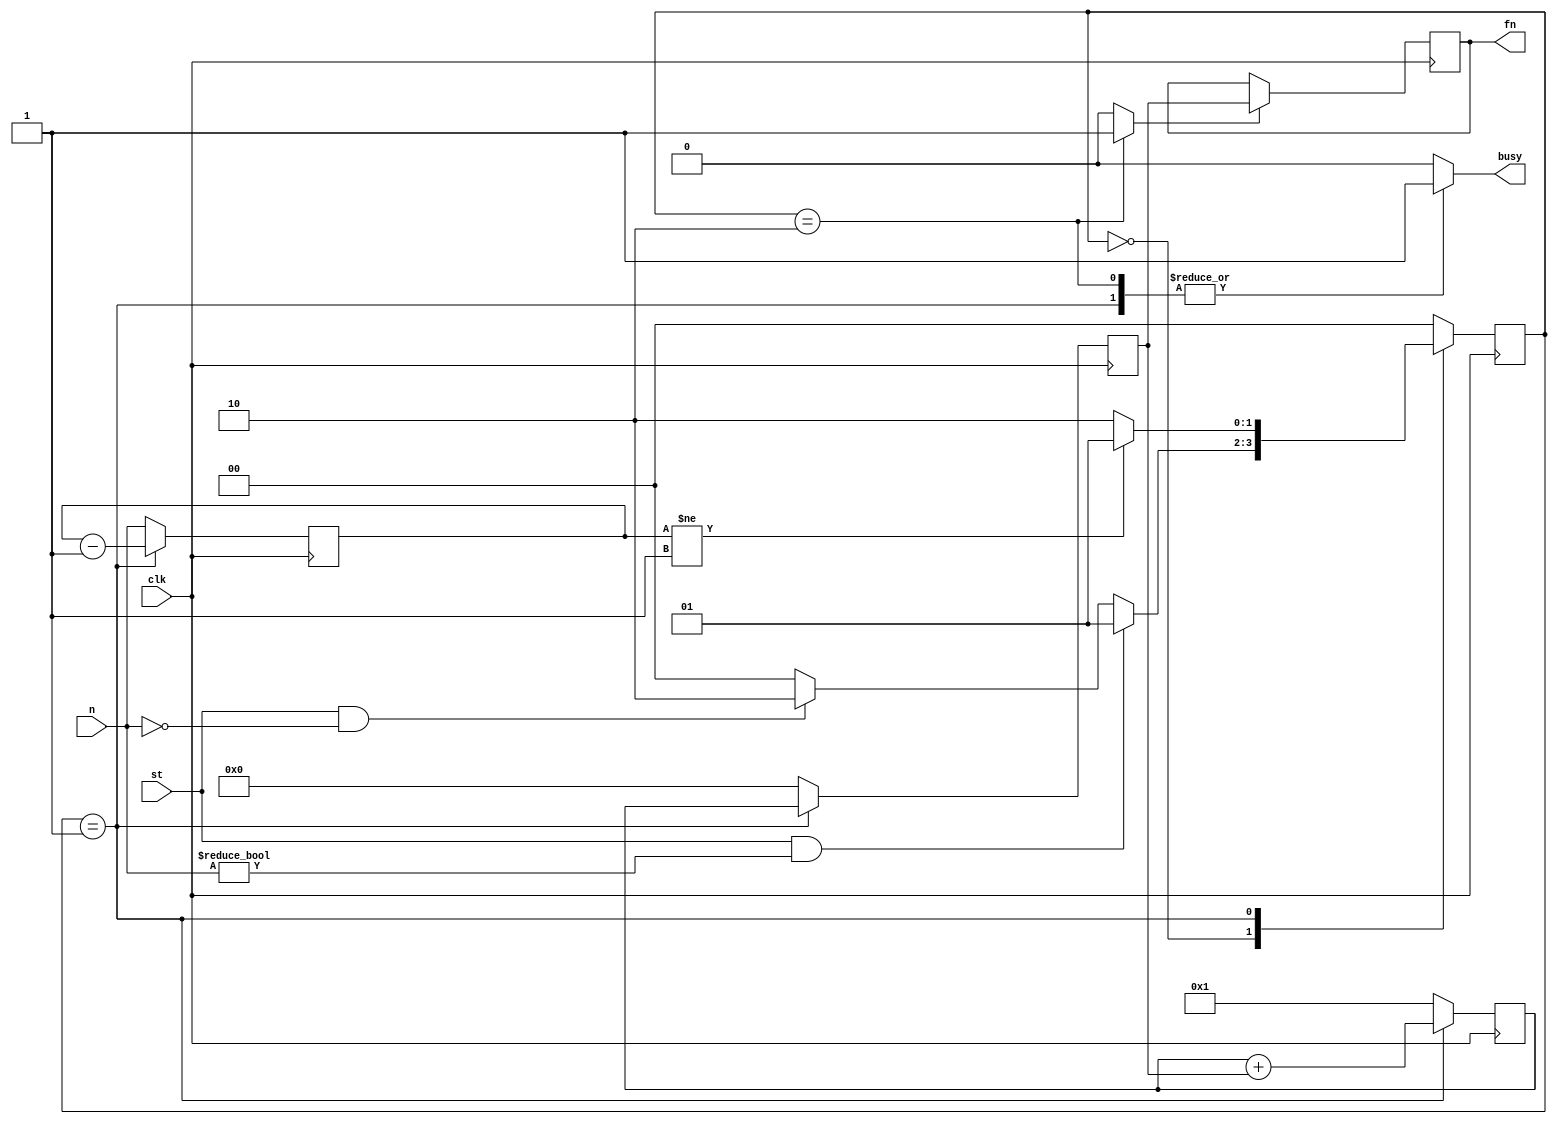
`timescale 1ns / 1ps
//////////////////////////////////////////////////////////////////////////////////
// Company: 
// Engineer: 
// 
// Design Name: 
// Module Name: finonacci
// Project Name: 
// Target Devices: 
// Tool Versions: 
// Description: 
// 
// Dependencies: 
// 
// Revision:
// Revision 0.01 - File Created
// Additional Comments:
// 
//////////////////////////////////////////////////////////////////////////////////


module finonacci(
    input [7:0] n,
    input st, clk,
    output reg [31:0] fn,
    output reg busy
    );
    
    reg [31:0] a ,b;
    reg [7:0] c;
    wire [31:0] b1, a1, fn1;
    wire [7:0] c1;
    reg ra, rb, rc, rfn;
    
    //****************DATAPATH******************///
    
    assign a1 = (ra)? 32'b0: b;
    
    always @(posedge clk)
        a<= a1;
     
    assign b1 = (rb)? 32'b1 : b+a;
    
    always @(posedge clk)
        b <= b1;
    
    assign c1 = (rc)? n: c-8'b1;
    
    always @(posedge clk)
        c <= c1;
        
    assign fn1 = (rfn)? a: fn;
    
    always @(posedge clk)
        fn <= fn1;
    
    //***************************MAQUINA DE ESTADOS****************/////

           //variables internas
      reg [1:0] presente, futuro;
      
       //Codificacion maquina de estado 
    parameter inicio = 2'b00;
    parameter calculo = 2'b01;
    parameter imprimir = 2'b10;
    
    //REGISTRO DE ESTADO
    always @(posedge clk)
        presente <= futuro;
        
    
    //LOGICA DEL ESTADI SIGUIENTE
    always @(*)
    begin 
        case(presente)
        inicio:
            if(st==1'b1 && n!=8'b0)
                futuro <= calculo;
            else if (st==1'b1 && n==8'b0)
                futuro <= imprimir;
            else
               futuro <= inicio;
        calculo:
            if(c!=8'b1)
                futuro <= calculo;
            else
               futuro <= imprimir;          
  
        imprimir:
                futuro <= inicio;    
                              
        default:
            futuro <= inicio;
            
        endcase 
    end  
    
    //logica de salida
    always @(*)
        case(presente)
        inicio: begin 
            ra <= 1'b1;
            rb <= 1'b1;    
            rc <= 1'b1;    
            rfn <= 1'b0;                          
            busy <=  1'b0;       
        end
        
        calculo: begin  
            ra <= 1'b0;
            rb <= 1'b0;    
            rc <= 1'b0;    
            rfn <= 1'b0;                          
            busy <=  1'b1;
        end    
       
        imprimir: begin  
            ra <= 1'b1;
            rb <= 1'b1;    
            rc <= 1'b1;    
            rfn <= 1'b1;                          
            busy <=  1'b1;
        end            
        
        default: begin
            ra <= 1'b1;
            rb <= 1'b1;    
            rc <= 1'b1;    
            rfn <= 1'b0;                          
            busy <=  1'b0;
        end
     
      endcase
    
    
    
    
    
endmodule